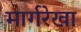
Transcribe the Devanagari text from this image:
मार्गरेखा